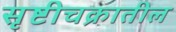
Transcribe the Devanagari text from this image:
सृष्टीचक्रातील